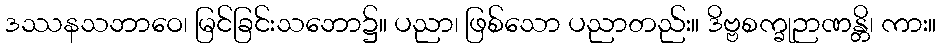
ဒဿနသဘာဝေ၊ မြင်ခြင်းသဘော၌။ ပညာ၊ ဖြစ်သော ပညာတည်း။ ဒိဗ္ဗစက္ခုဉာဏန္တိ၊ ကား။